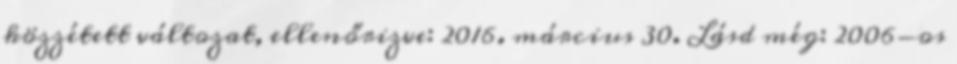
közzétett változat, ellenőrizve: 2016. március 30. Lásd még: 2006-os